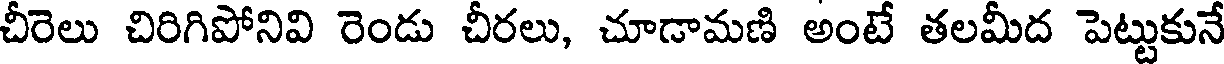
చీరెలు చిరిగిపోనివి రెండు చీరలు, చూడామణి అంటే తలమీద పెట్టుకునే